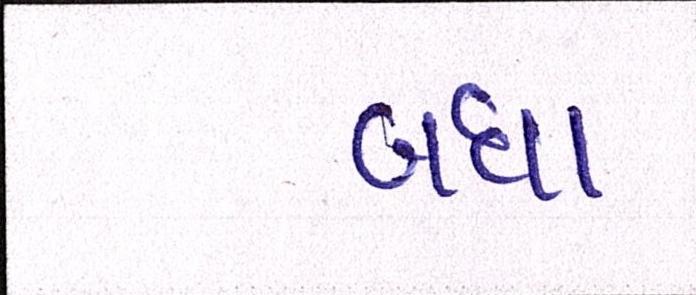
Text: બધા